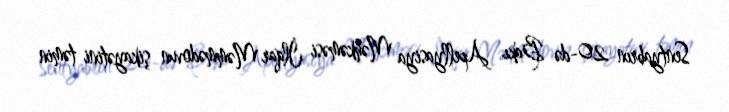
Sentyabrın 20-də Bakı Apellyasiya Məhkəməsi İlqar Məmmədovun şikayətini təmin